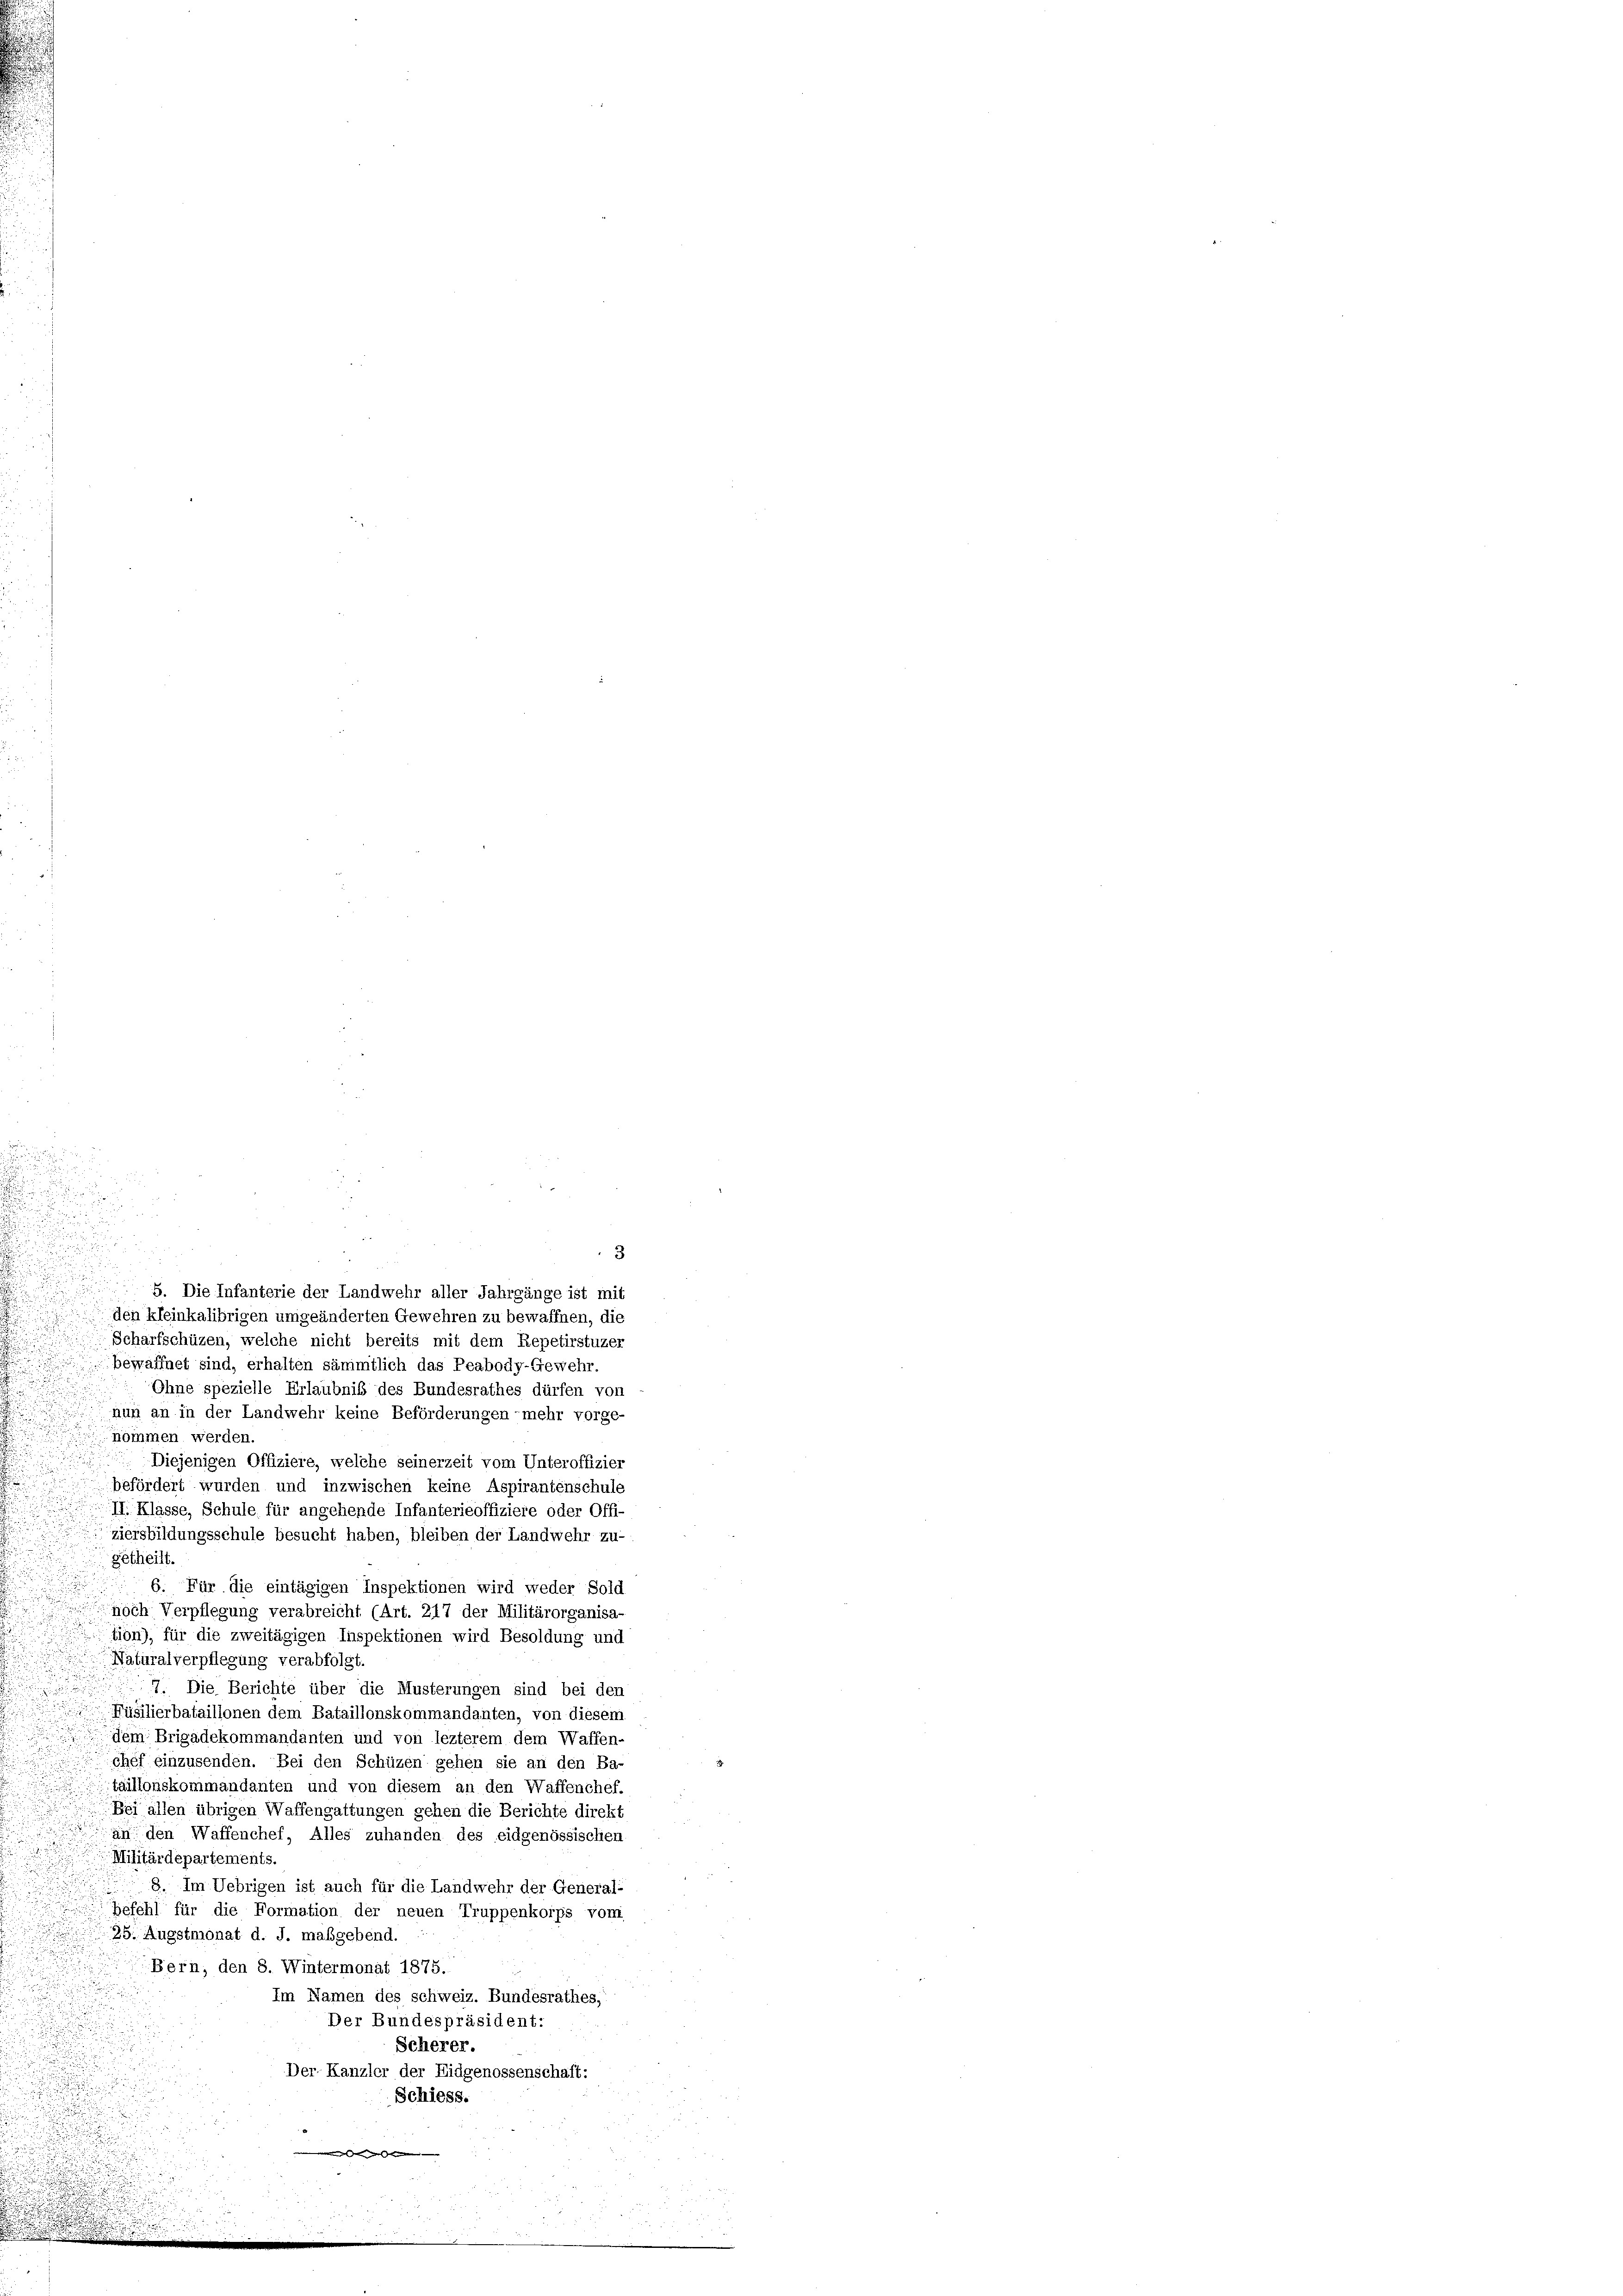
3
5. Die Infanterie der Landwehr aller Jahrgänge ist mit
den kleinkalibrigen umgeänderten Gewehren zu bewaffnen, die
Scharfschüzen, welche nicht bereits mit dem Repetirstuzer
bewaffnet sind, erhalten sämmtlich das Peabody-Gewehr.
Ohne spezielle Erlaubnis des Bundesrathes dürfen von
nun an in der Landwehr keine Beförderungen mehr vorge-
u
nommen werden.
.
Diejenigen Offiziere, welche seinerzeit vom Unteroffizier
u

befördert wurden und inzwischen keine Aspirantenschule
u
II. Klasse, Schule für angehende Infanterieoffiziere oder Offi-
ziersbildungsschule besucht haben, bleiben der Landwehr zu-
getheilt.
6. Für die eintägigen Inspektionen wird weder Sold
noch Verpflegung verabreicht (Art. 217 der Militärorganisa-
tion), für die zweitägigen Inspektionen wird Besoldung und
Naturalverpflegung verabfolgt.
77. Die Berichte über die Musterungen sind bei den
Füsilierbataillonen dem Bataillonskommandanten, von diesem
dem Brigadekommandanten und von lezterem dem Waffen-
chef einzusenden. Bei den Schüzen gehen sie an den Ba-
taillonskommandanten und von diesem an den Waffenchef.
Bei allen übrigen Waffengattungen gehen die Berichte direkt
an den Waffenchef, Alles zuhanden des eidgenössischen
Militärdepartements.
n
8. Im Uebrigen ist auch für die Landwehr der General-
u
befehl für die Formation der neuen Truppenkorps vom
25. Augstmonat d. J. maßgebend.
Bern, den 8. Wintermonat 1875.
Im Namen des schweiz. Bundesrathes,
Der Bundespräsident:
Scherer.
Der Kanzler der Eidgenossenschaft:
Schiess.
wesen des

u
n
h

.